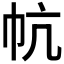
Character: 𰏔